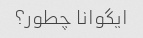
ایگوانا چطور؟